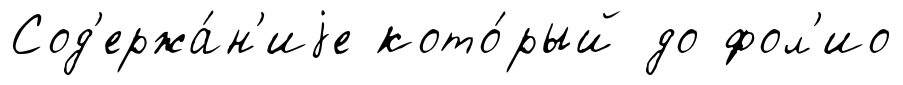
Сод'ержа́н'иjе кото́рый до фол'ио